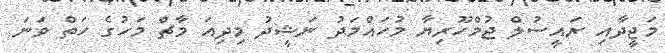
މަޖީދާއި ރައީސުލް ޖުމްހޫރިޔާ މުހައްމަދު ނަޝީދު މިދިއަ މާޗް މަހުގެ ހަތް ވަނަ